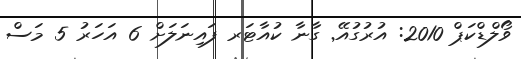
ވޯލްޑްކަޕް 2010: އުރުގުއޭ